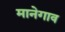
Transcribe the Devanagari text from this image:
मानेगाव